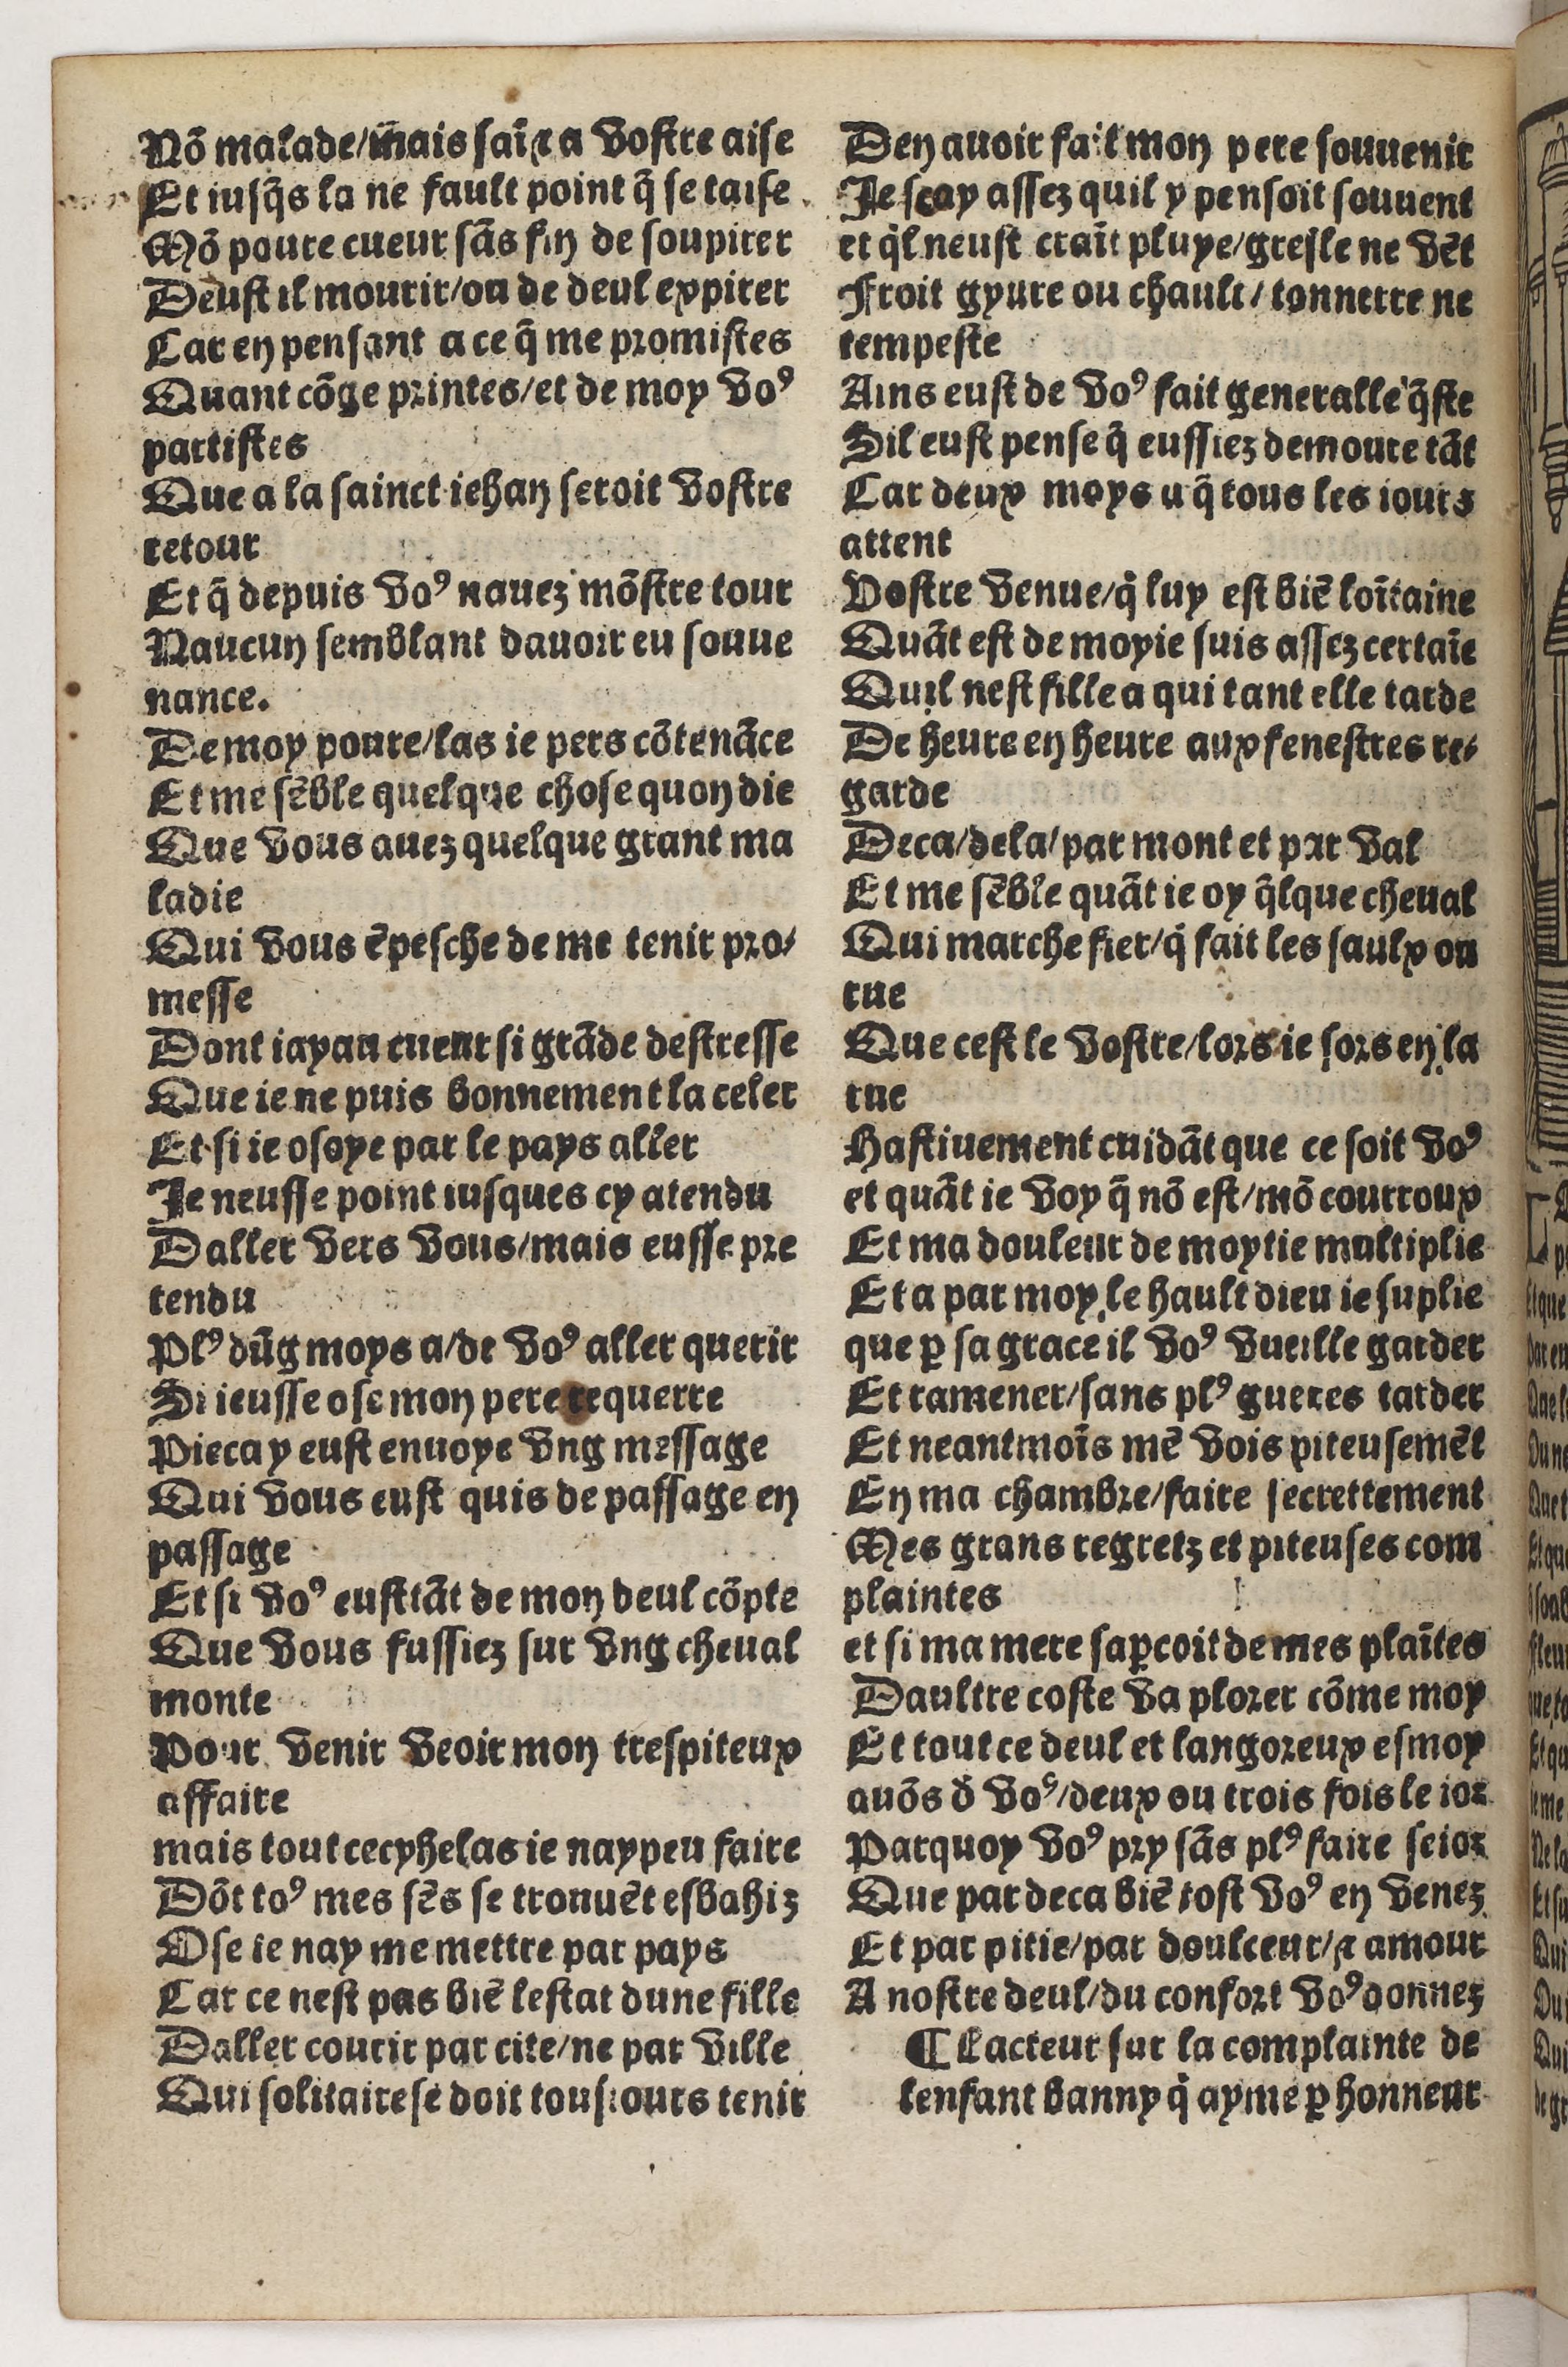
Shelfmark: Paris, BnF, Rés. Y2-930
Century: 15